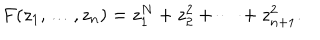
F ( z _ { 1 } , \ldots , z _ { n } ) = z _ { 1 } ^ { N } + z _ { 2 } ^ { 2 } + \cdots + z _ { n + 1 } ^ { 2 } .